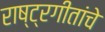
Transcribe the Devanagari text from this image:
राष्ट्रगीतांचे